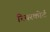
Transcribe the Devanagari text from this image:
रियरकोर्ट